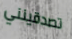
تصدقينني